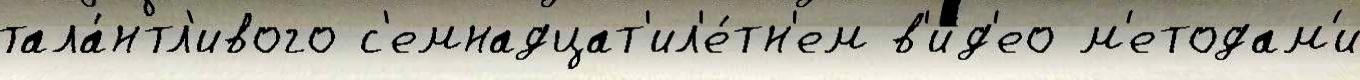
тала́нтл'ивого с'емнадцат'ил'е́тн'ем в'и́д'ео м'етодам'и